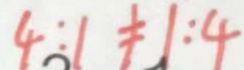
4 : 1 \neq 1 : 4